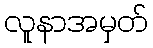
လူနာအမှတ်